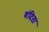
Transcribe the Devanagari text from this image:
वंदिता